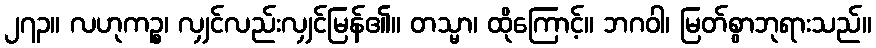
၂၇၃။ လဟုကဉ္စ၊ လျှင်လည်းလျှင်မြန်၏။ တသ္မာ၊ ထိုကြောင့်။ ဘဂဝါ၊ မြတ်စွာဘုရားသည်။